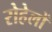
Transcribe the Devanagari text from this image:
रोहेलों